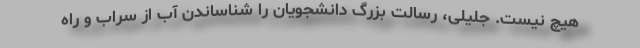
هیچ نیست. جلیلی، رسالت بزرگ دانشجویان را شناساندن آب از سراب و راه